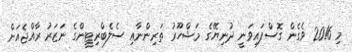
މި 2016 ވެގެން ގޮސްފައިވަނީ ދުނިޔޭގެ މަޝްހޫރު ތަރިންނާއި ސެލެބްރިޓީންގެ ނަޒަރު ރާއްޖެއަށް